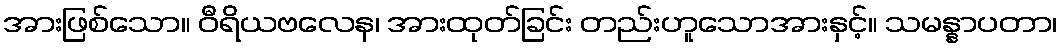
အားဖြစ်သော။ ဝီရိယဗလေန၊ အားထုတ်ခြင်း တည်းဟူသောအားနှင့်။ သမန္နာပတာ၊